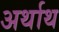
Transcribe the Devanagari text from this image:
अर्थाथ